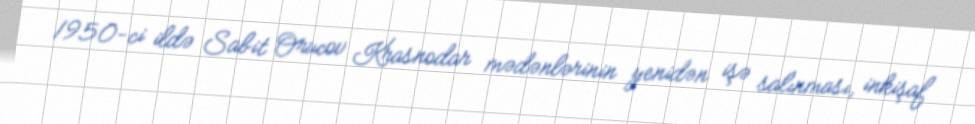
1950-ci ildə Sabit Orucov Krasnodar mədənlərinin yenidən işə salınması, inkişaf